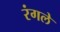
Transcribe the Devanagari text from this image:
रंगले